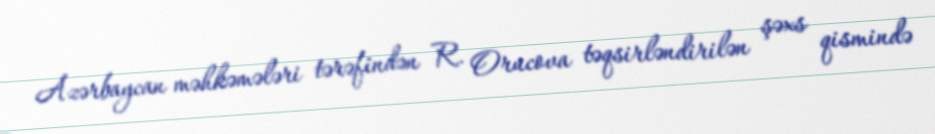
Azərbaycan məhkəmələri tərəfindən R. Orucova təqsirləndirilən şəxs qismində